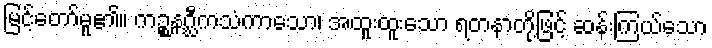
မြင့်တော်မူ၏။ ကဉ္စနဂ္ဃီကသံကာသော၊ အထူးထူးသော ရတနာတို့ဖြင့် ဆန်းကြယ်သော